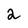
Character: 2